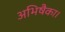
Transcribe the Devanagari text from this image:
अभिषैका।